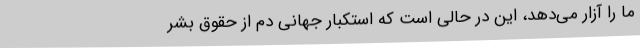
ما را آزار می‌دهد، این در حالی است که استکبار جهانی دم از حقوق بشر